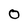
Character: O